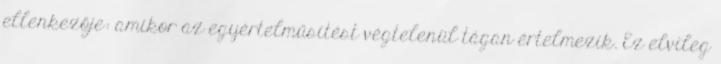
ellenkezője: amikor az egyértelműsítést végtelenül tágan értelmezik. Ez elvileg